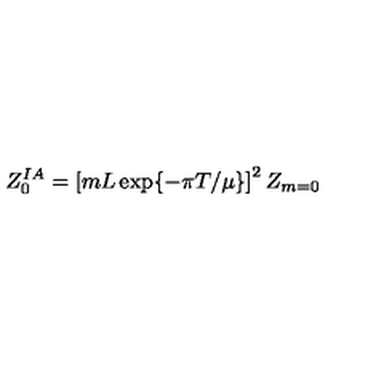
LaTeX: Z _ { 0 } ^ { I A } = \left[ m L \exp \{ - \pi T / \mu \} \right] ^ { 2 } Z _ { m = 0 }